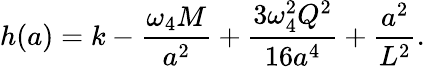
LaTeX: h(a)=k-{\frac{\omega_{4}M}{a^{2}}}+{\frac{3\omega_{4}^{2}Q^{2}}{16a^{4}}}+{\frac{a^{2}}{L^{2}}}.